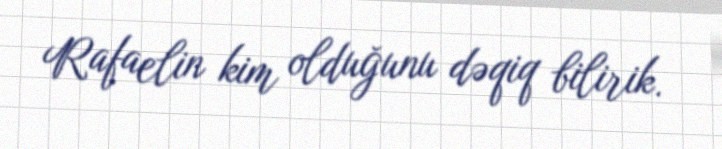
Rafaelin kim olduğunu dəqiq bilirik.